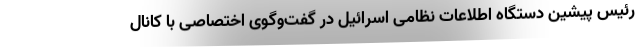
رئیس پیشین دستگاه اطلاعات نظامی اسرائیل در گفت‌وگوی اختصاصی با کانال